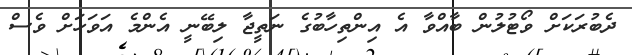
ދެބުރަކަށް ވޯޓުލުން ބާއްވާ އެ އިންތިހާބުގެ ނަތީޖާ ލިބޭނީ އެންމެ އަވަހަށް ވެސް